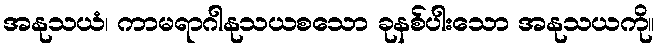
အနုသယံ၊ ကာမရာဂါနုသယစသော ခုနစ်ပါးသော အနုသယကို။